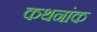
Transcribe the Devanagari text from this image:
कथनांक